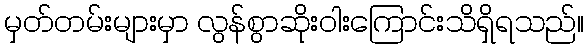
မှတ်တမ်းများမှာ လွန်စွာဆိုးဝါးကြောင်းသိရှိရသည်။